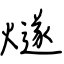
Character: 燧